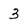
Character: 3